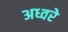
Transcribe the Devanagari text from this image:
अध्वरे